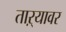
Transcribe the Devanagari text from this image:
ताऱ्यावर